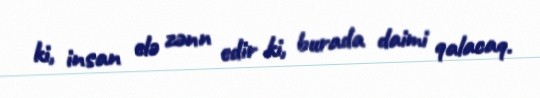
ki, insan elə zənn edir ki, burada daimi qalacaq.